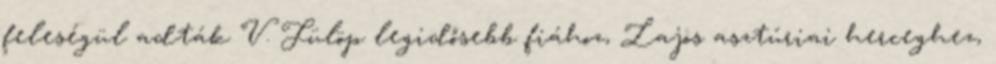
feleségül adták V. Fülöp legidősebb fiához, Lajos asztúriai herceghez,